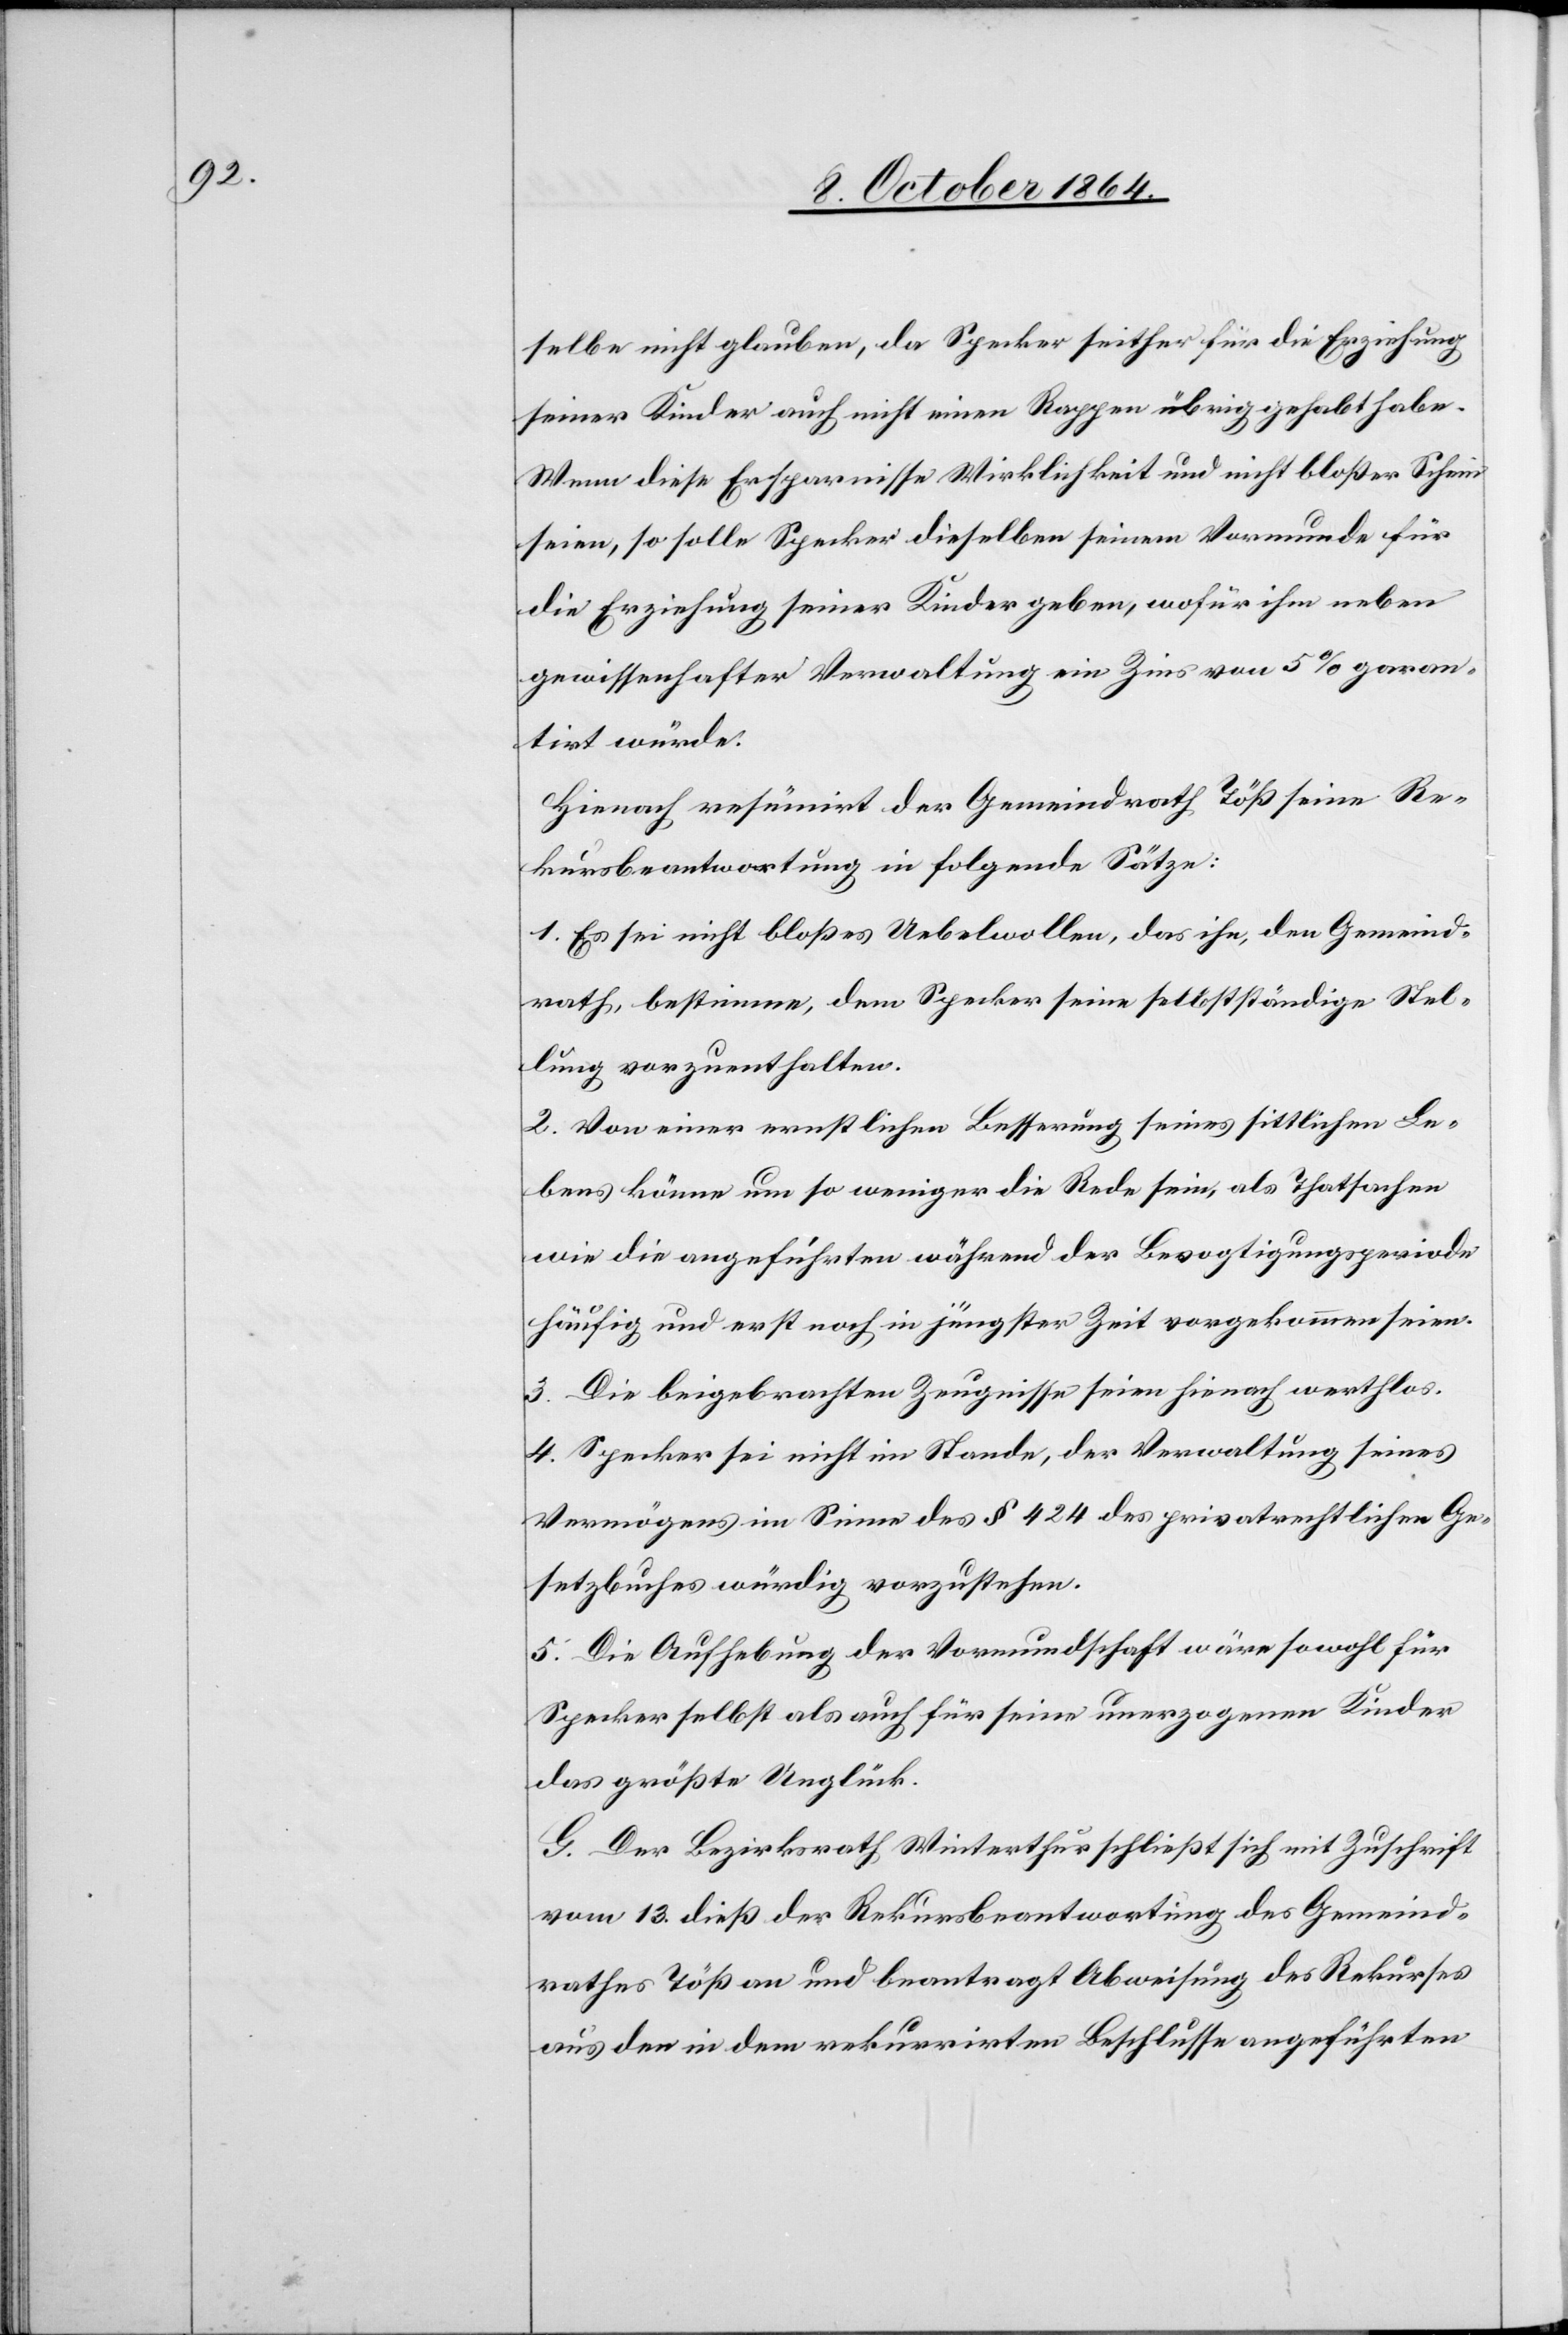
selbe nicht glauben, da Specker seither für die Erziehung
seiner Kinder auch nicht einen Rappen übrig gehabt habe.
Wenn diese Ersparnisse Wirklichkeit und nicht bloßer Schein
seien, so solle Specker dieselben seinem Vormunde für
die Erziehung seiner Kinder geben, wofür ihm neben
gewissenhafter Verwaltung ein Zins von 5% garan¬
tirt würde.
Hienach resümirt der Gemeindrath Töß seine Re¬
kursbeantwortung in folgende Sätze:
1. Es sei nicht bloßes Uebelwollen, das ihn, den Gemeind¬
rath, bestimme, dem Specker seine selbständige Stel¬
lung vorzuenthalten.
2. Von einer ernstlichen Besserung seines sittlichen Le¬
bens könne um so weniger die Rede sein, als Thatsachen
wie die angeführten während der Bevogitungsperiode
häufig und erst noch in jüngster Zeit vorgekommen seien.
3. Die beigelegten Zeugnisse seien hienach werthlos.
4. Specker sei nicht im Stande, der Verwaltung seines
Vermögens im Sinne des § 424 des privatrechtlichen Ge¬
setzbuches würdig vorzustehen.
5. Die Aufhebung der Vormundschafft wäre sowohl für
Specker selbst als auch für seine unerzogenen Kinder
das größte Unglück.
G. Der Bezirksrath Winterthur schließt sich mit Zuschrift
vom 13. dieß der Rekursbeantwortung des Gemeind¬
rathes Töß an und beantragt Abweisung des Rekurses
aus den in dem rekurrirten Beschlusse angeführten